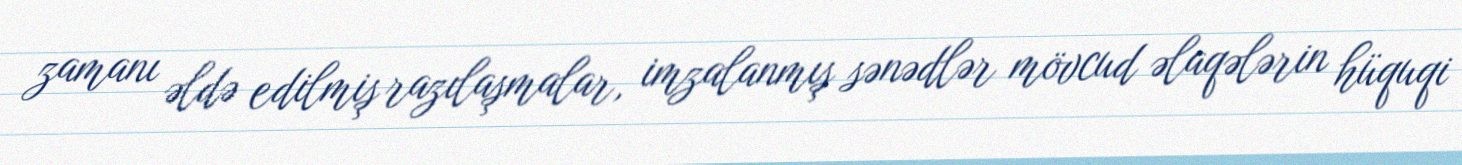
zamanı əldə edilmiş razılaşmalar, imzalanmış sənədlər mövcud əlaqələrin hüquqi